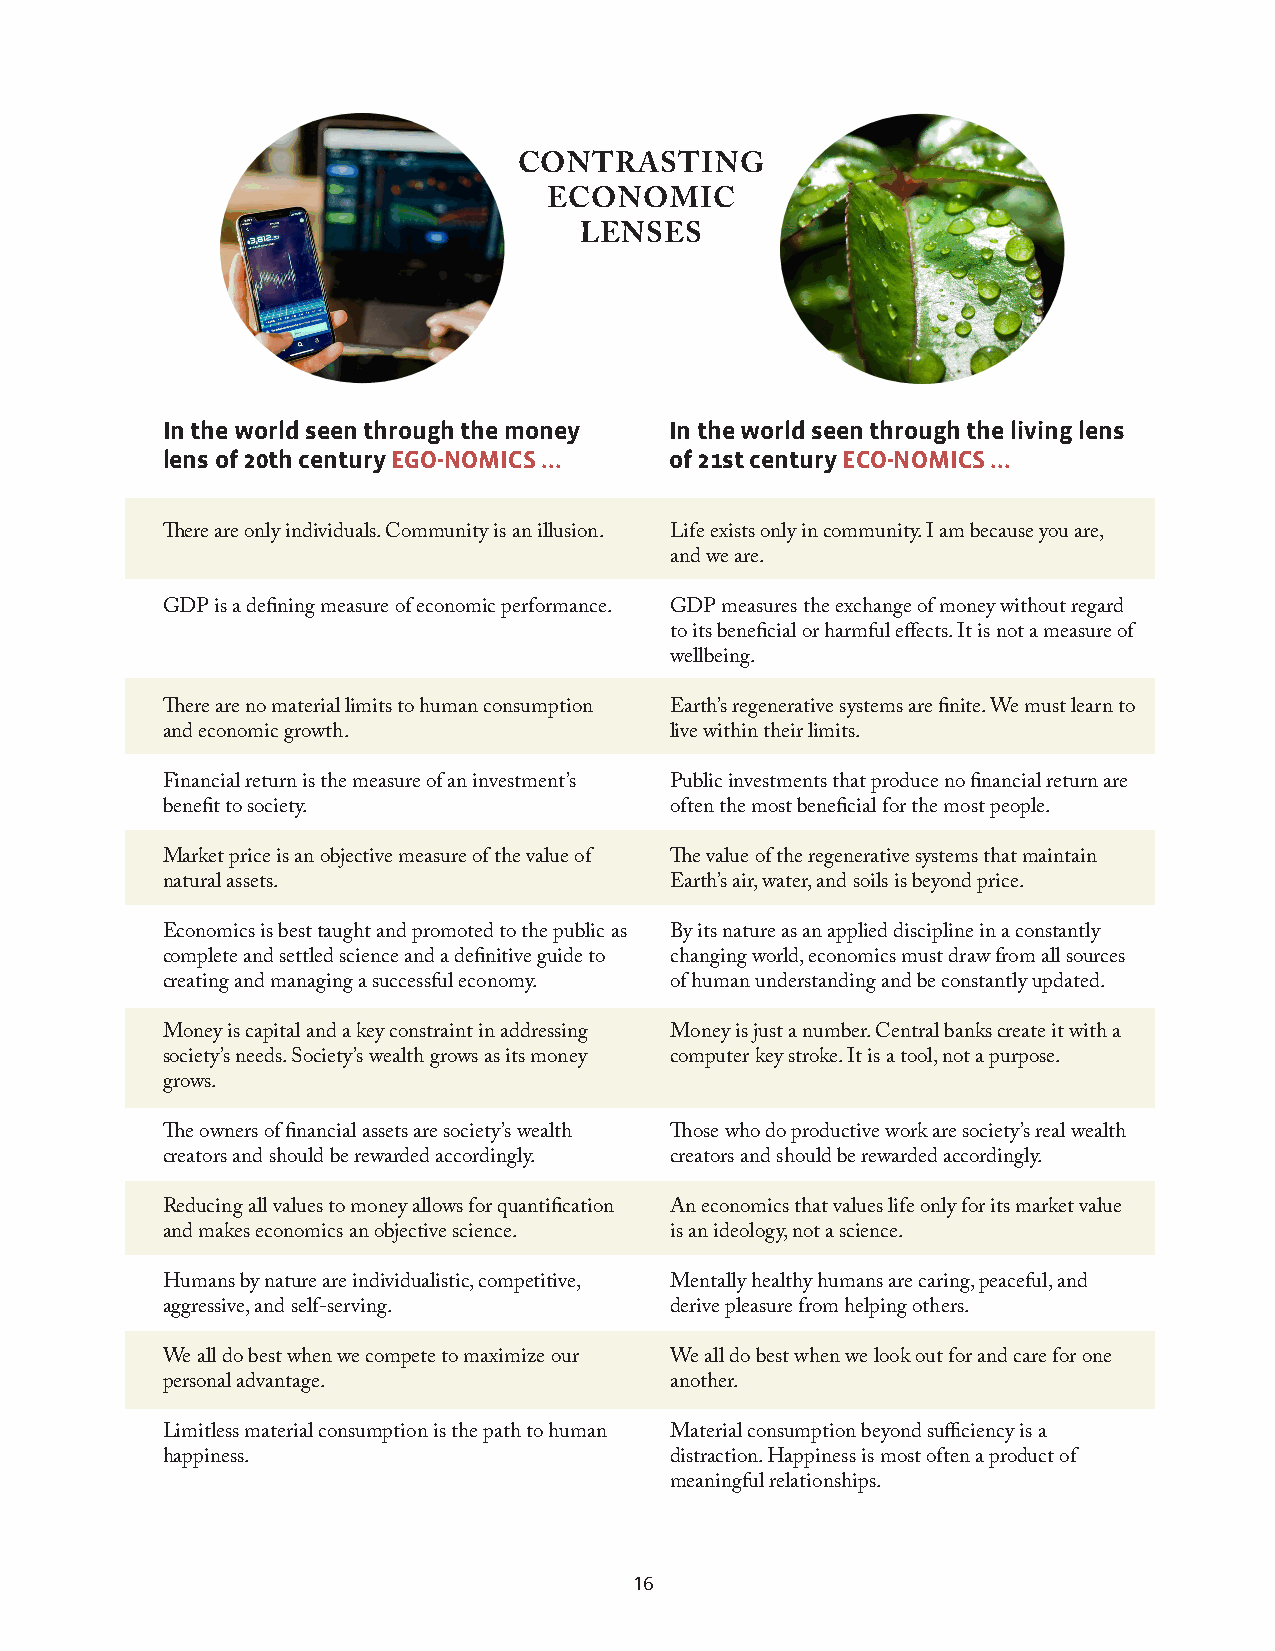
CONTRASTING
 ECONOMIC
 LENSES
 In the world seen through the money In the world seen through the living lens
 lens of 20th century EGO-NOMICS ... of 21st century ECO-NOMICS ...
 There are only individuals. Community is an illusion. Life exists only in community. I am because you are,
 and we are.
 GDP is a defining measure of economic performance. GDP measures the exchange of money without regard
 to its beneficial or harmful effects. It is not a measure of
 wellbeing.
 There are no material limits to human consumption Earth’s regenerative systems are finite. We must learn to
 and economic growth.             live within their limits.
 Financial return is the measure of an investment’s Public investments that produce no financial return are
 benefit to society.              often the most beneficial for the most people.
 Market price is an objective measure of the value of The value of the regenerative systems that maintain
 natural assets.                  Earth’s air, water, and soils is beyond price.
 Economics is best taught and promoted to the public as By its nature as an applied discipline in a constantly
 complete and settled science and a definitive guide to changing world, economics must draw from all sources
 creating and managing a successful economy. of human understanding and be constantly updated.
 Money is capital and a key constraint in addressing Money is just a number. Central banks create it with a
 society’s needs. Society’s wealth grows as its money computer key stroke. It is a tool, not a purpose.
 grows.
 The owners of financial assets are society’s wealth Those who do productive work are society’s real wealth
 creators and should be rewarded accordingly. creators and should be rewarded accordingly.
 Reducing all values to money allows for quantification An economics that values life only for its market value
 and makes economics an objective science. is an ideology, not a science.
 Humans by nature are individualistic, competitive, Mentally healthy humans are caring, peaceful, and
 aggressive, and self-serving.    derive pleasure from helping others.
 We all do best when we compete to maximize our We all do best when we look out for and care for one
 personal advantage.              another.
 Limitless material consumption is the path to human Material consumption beyond sufficiency is a
 happiness.                       distraction. Happiness is most often a product of
 meaningful relationships.
 16